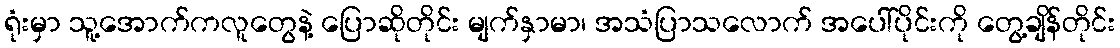
ရုံးမှာ သူ့အောက်ကလူတွေနဲ့ ပြောဆိုတိုင်း မျက်နှာမာ၊ အသံပြာသလောက် အပေါ်ပိုင်းကို တွေ့ချိန်တိုင်း